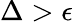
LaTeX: \Delta>\epsilon